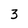
Character: 3